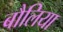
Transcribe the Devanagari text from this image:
बौलिया